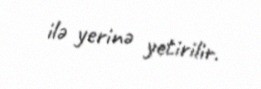
ilə yerinə yetirilir.